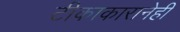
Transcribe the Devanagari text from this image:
टीकाकारानेही